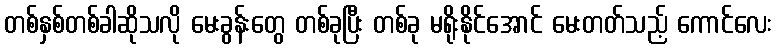
တစ်နှစ်တစ်ခါဆိုသလို မေးခွန်းတွေ တစ်ခုပြီး တစ်ခု မရိုးနိုင်အောင် မေးတတ်သည့် ကောင်လေး